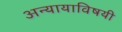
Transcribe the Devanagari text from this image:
अन्यायाविषयी